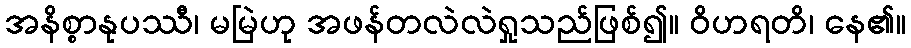
အနိစ္စာနုပဿီ၊ မမြဲဟု အဖန်တလဲလဲရှုသည်ဖြစ်၍။ ဝိဟရတိ၊ နေ၏။